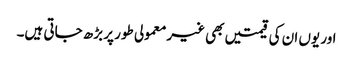
اور یوں ان کی قیمتیں بھی غیرمعمولی طور پر بڑھ جاتی ہیں۔